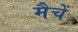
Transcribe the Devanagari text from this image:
मैचें